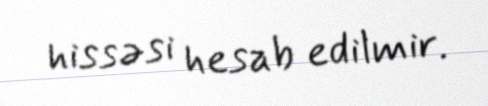
hissəsi hesab edilmir.